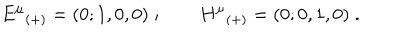
LaTeX: { E ^ { \mu } } _ { ( + ) } = ( 0 ; 1 , 0 , 0 ) \; ; \qquad { H ^ { \mu } } _ { ( + ) } = ( 0 ; 0 , 1 , 0 ) \; .